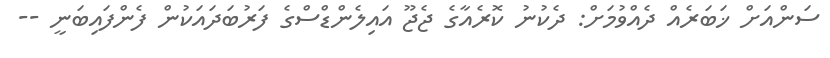
ސަންއަށް ޚަބަރެއް ދެއްވުމަށް: ދެކުނު ކޮރެއާގެ ޖެޖޫ އައިލެންޑްސްގެ ފަރުބަދައަކުން ފެންފައިބަނީ --